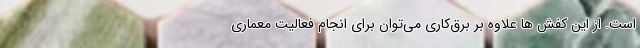
است. از این کفش ها علاوه بر برق‌کاری می‌توان برای انجام فعالیت معماری